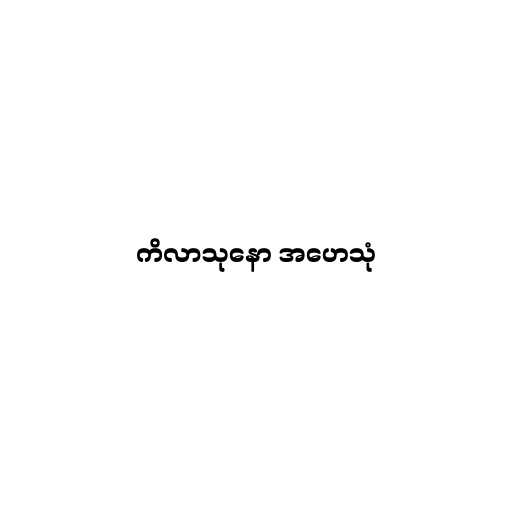
ကိလာသုနော အဟေသုံ